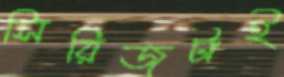
সিরিজটাই